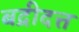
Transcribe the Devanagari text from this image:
बद्रीदत्त